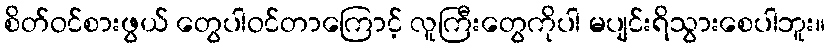
စိတ်ဝင်စားဖွယ် တွေပါဝင်တာကြောင့် လူကြီးတွေကိုပါ မပျင်းရိသွားစေပါဘူး။